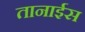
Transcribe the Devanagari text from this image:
तानाईस